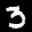
Label: 3